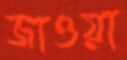
জাওয়া